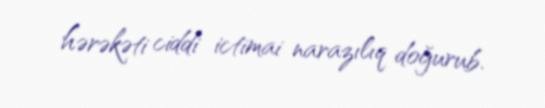
hərəkəti ciddi ictimai narazılıq doğurub.